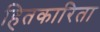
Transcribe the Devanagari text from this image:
हितकारिता